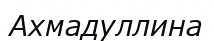
Ахмадуллина